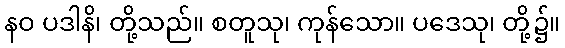
နဝ ပဒါနိ၊ တို့သည်။ စတူသု၊ ကုန်သော။ ပဒေသု၊ တို့၌။